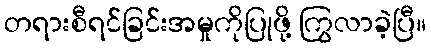
တရားစီရင်ခြင်းအမှုကိုပြုဖို့ ကြွလာခဲ့ပြီ။